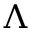
\Lambda